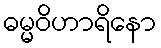
ဓမ္မဝိဟာရိနော